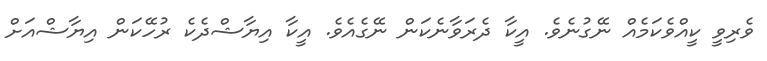
ވެރިވީ ކީއްވެކަމެއް ނޭގުނެވެ. އީކާ ދެރަވާނެކަން ނޭގެއެވެ. އީކާ އިޔާޝްދެކެ ރުހޭކަން އިޔާޝްއަށް